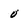
Character: 0